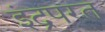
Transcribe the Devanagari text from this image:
इंद्रपरत